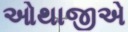
ઓથાજીએ